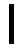
၊